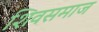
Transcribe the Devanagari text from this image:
शिवसमाज